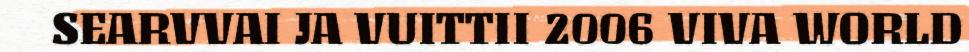
SEARVVAI JA VUITTII 2006 VIVA WORLD